Newspaper: The aegis & intelligencer. [volume]
Place of publication: Bel Air, Md.
Publisher: Bateman & Baker
Date: 1890-06-20 00:00:00
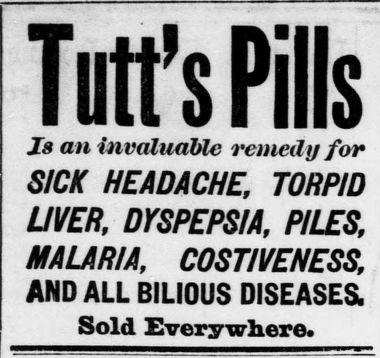
Advertisement text (OCR):
T utt’s Pills Js an invaluable remedy fair SICK HEADACHE, TORPID UVEH, DYSPEPSIA, PILES, MALARIA, COSTIVENESS. AND ALL BILIOUS DISEASES. Sold Everywhere.
Label: text-only